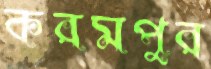
করমপুর